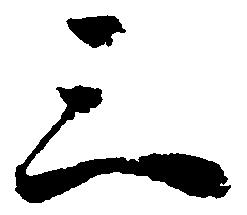
三